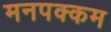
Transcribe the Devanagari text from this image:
मनपक्कम